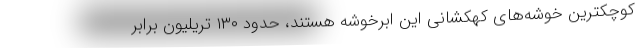
کوچکترین خوشه‌های کهکشانی این ابرخوشه هستند، حدود ۱۳۰ تریلیون برابر